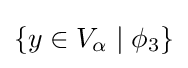
\{y\in V_{\alpha }\mid \phi _{3}\}